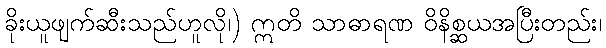
ခိုးယူဖျက်ဆီးသည်ဟူလို၊) ဣတိ သာဓာရဏ ဝိနိစ္ဆယအပြီးတည်း၊